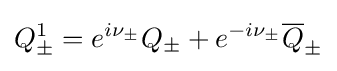
{\begin{aligned}Q_{\pm }^{1}=e^{i\nu _{\pm }}Q_{\pm }+e^{-i\nu _{\pm }}{\overline {Q}}_{\pm }\end{aligned}}